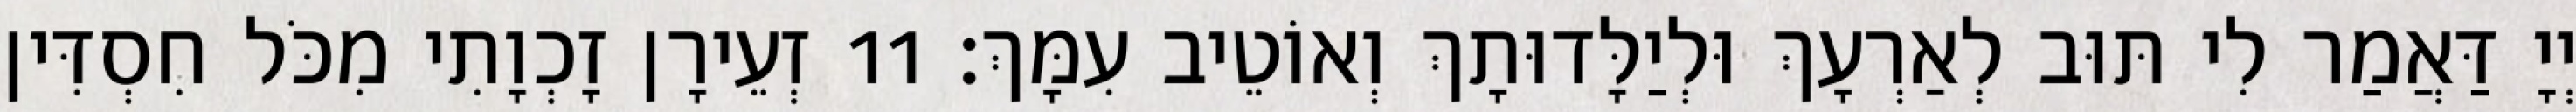
יְיָ דַּאֲמַר לִי תּוּב לְאַרְעָךְ וּלְיַלָּדוּתָךְ וְאוֹטֵיב עִמָּךְ׃ 11 זְעֵירָן זָכְוָתִי מִכֹּל חִסְדִּין